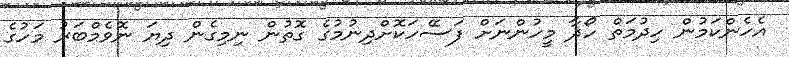
އެހެންކަމުން ހިދުމަތް ހޯދާ މީހުންނަށް ފަސޭހަކޮށްދިނުމުގެ ގޮތުން ނިމިގެން ދިޔަ ނޮވެމްބަރު މަހުގެ